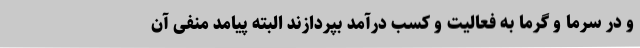
و در سرما و گرما به فعالیت و کسب درآمد بپردازند البته پیامد منفی آن